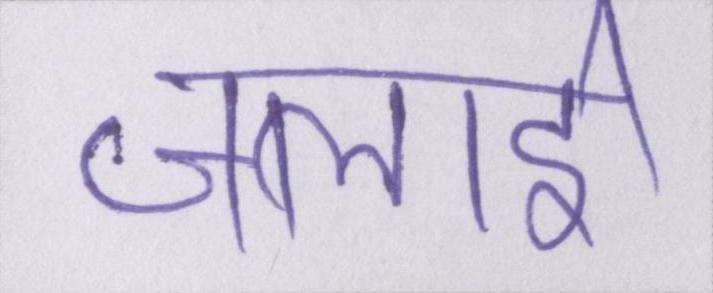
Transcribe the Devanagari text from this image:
जलाई